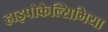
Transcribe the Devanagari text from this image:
हाइपोकैल्सिमिया